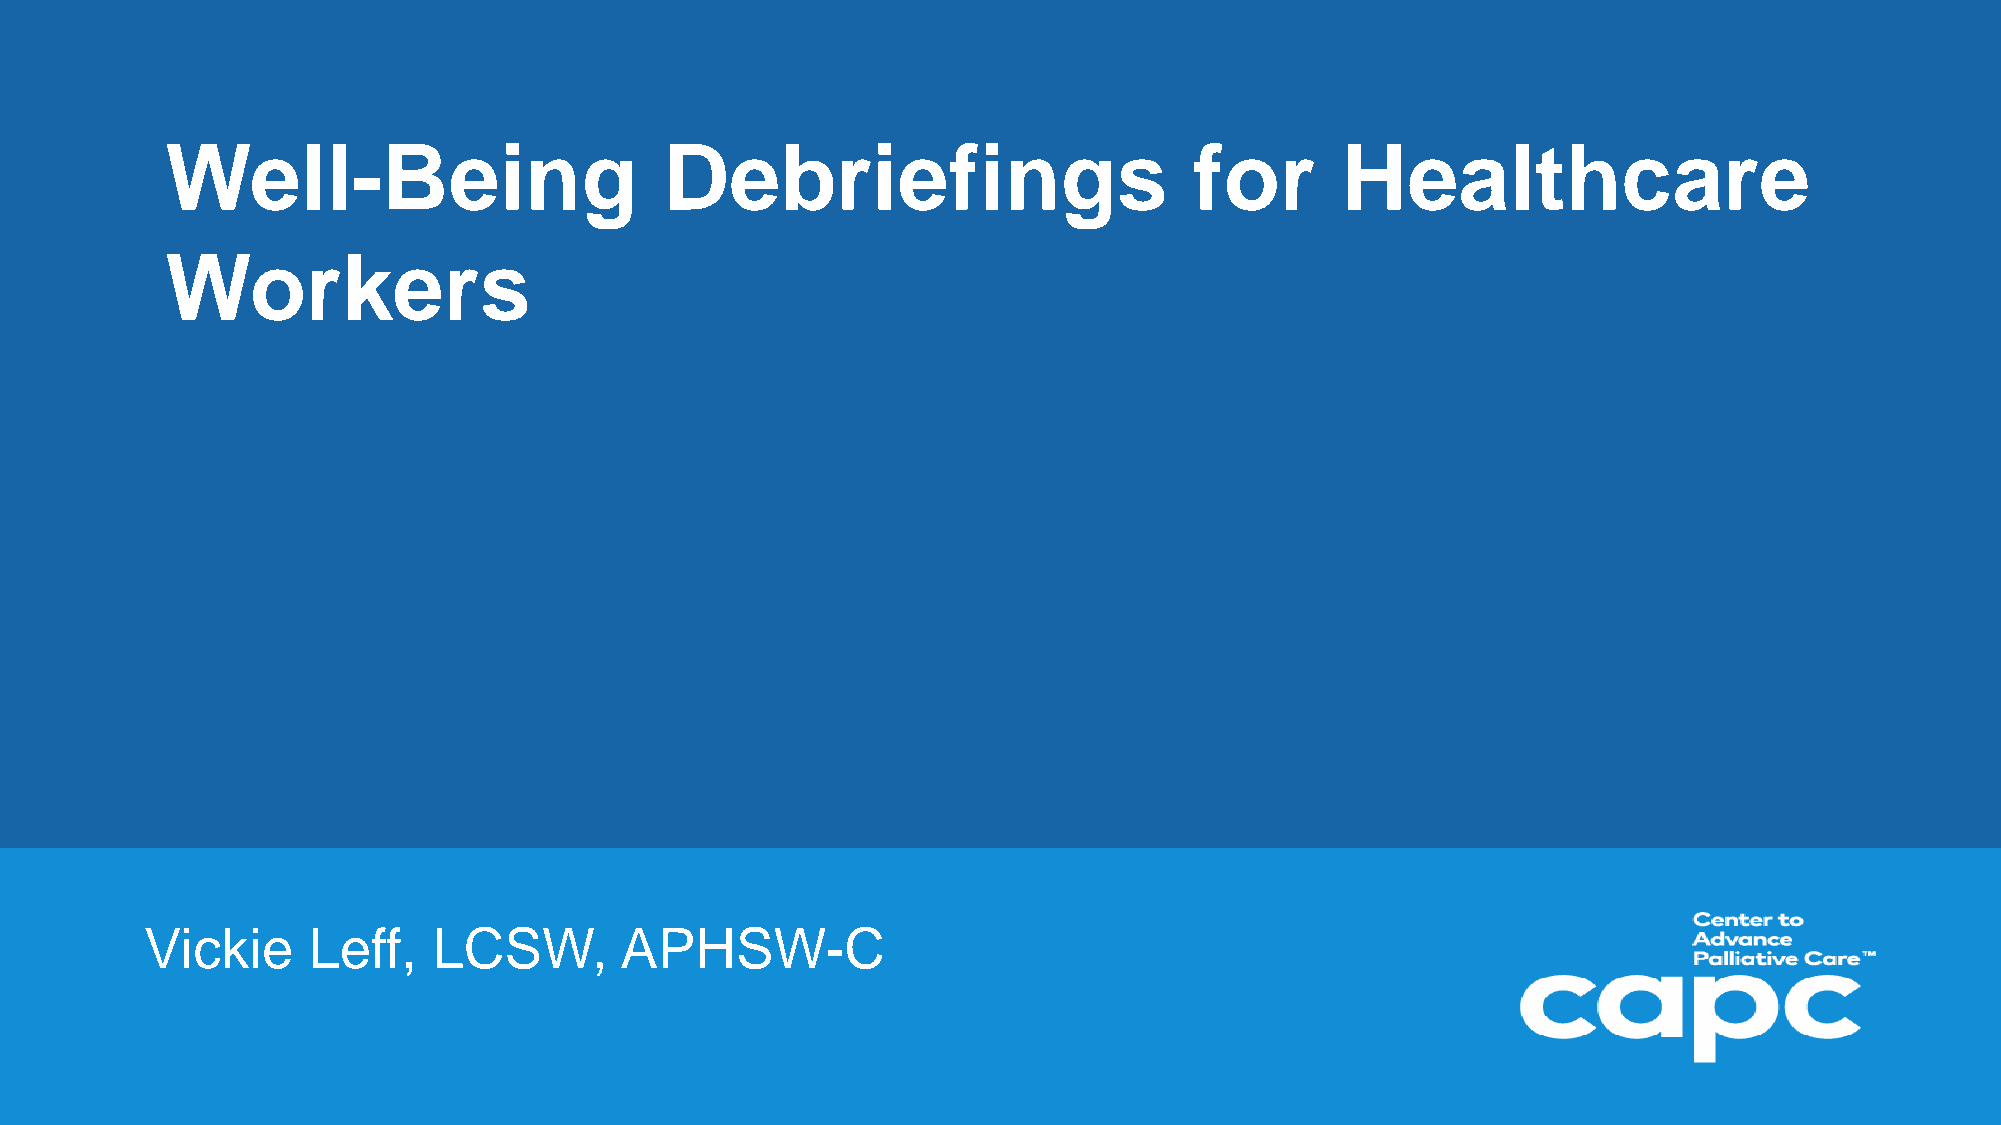
Well-Being                       Debriefings                        for       Healthcare
 Workers
 Vickie    Leff,    LCSW,       APHSW-C